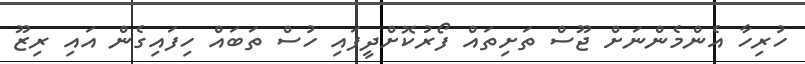
ހުރިހާ އެންމެންނަށް ޖޫސް ތަށިތައް ފޯރުކޮށްދީފައި ހުސް ތަބައް ހިފައިގެން އައި ރިޒޫ